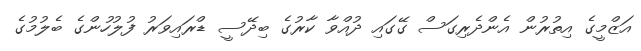
އަޒްމީގެ އިތުރުން އެންދެރިގަސް ގޭގައި ދުއްވާ ކާރުގެ ބިދޭސީ ޑްރައިވަރު ފުލުހުންގެ ބެލުމުގެ